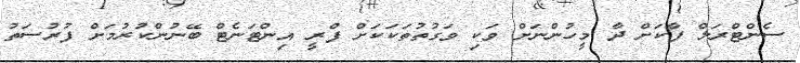
ސެންޓްރަލް ފާކަށް ދާ މީހުންނަށް ވަކި ވަގުތުތަކަކަށް ފްރީ އިންޓަނެޓް ބޭނުންކުރުމަށް ފުރުސަތު